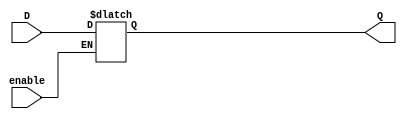
module D_latch(Q, D, enable);

    output Q;
    input D, enable;

    reg Q;

    always @(enable or D)

        if(enable) Q <= D;

endmodule